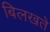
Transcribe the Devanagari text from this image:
बिलखते